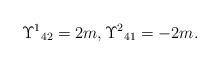
LaTeX: \begin{align*}\Upsilon^1{}_{42}=2m,\Upsilon^2{}_{41}=-2m.\end{align*}